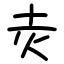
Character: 灻